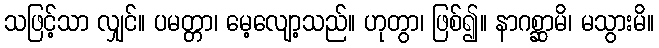
သဖြင့်သာ လျှင်။ ပမတ္တာ၊ မေ့လျော့သည်။ ဟုတွာ၊ ဖြစ်၍။ နာဂစ္ဆာမိ၊ မသွားမိ။